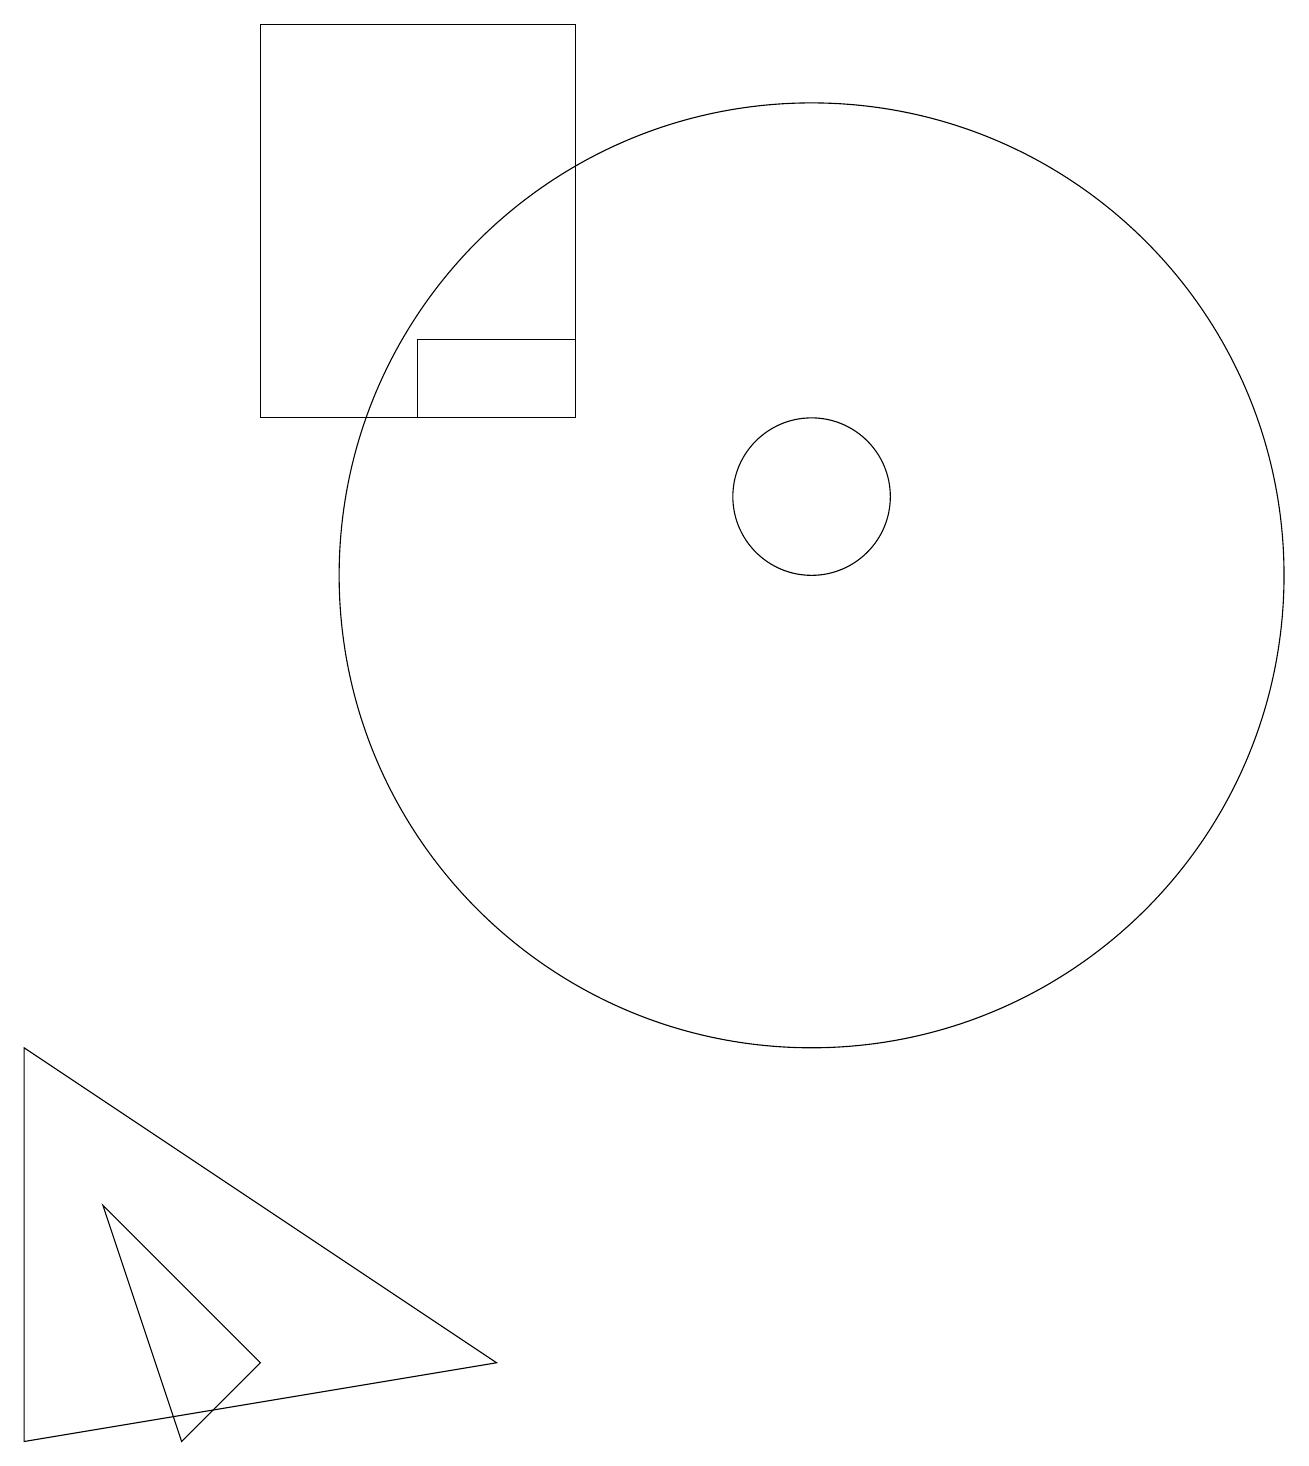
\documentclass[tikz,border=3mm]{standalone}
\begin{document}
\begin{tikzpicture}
\draw (4,0) -- (3,3) -- (5,1) -- cycle;
\draw (9,18) rectangle (5,13);
\draw (8,1) -- (2,5) -- (2,0) -- cycle;
\draw (7,14) rectangle (9,13);
\draw (12,12) circle (1);
\draw (12,11) circle (6);
\draw (11,10) circle (0);
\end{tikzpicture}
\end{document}